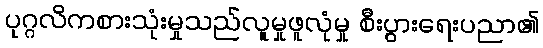
ပုဂ္ဂလိကစားသုံးမှုသည်လူမှုဖူလုံမှု စီးပွားရေးပညာ၏